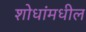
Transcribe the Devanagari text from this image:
शोधांमधील